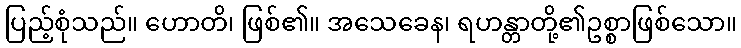
ပြည့်စုံသည်။ ဟောတိ၊ ဖြစ်၏။ အသေခေန၊ ရဟန္တာတို့၏ဥစ္စာဖြစ်သော။